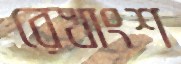
রেখাংশ